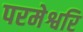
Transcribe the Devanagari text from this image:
परमेश्वरि